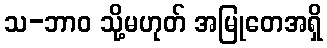
သ-ဘာဝ သို့မဟုတ် အမြုတေအရှိ